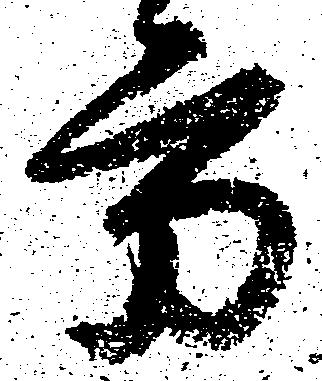
方